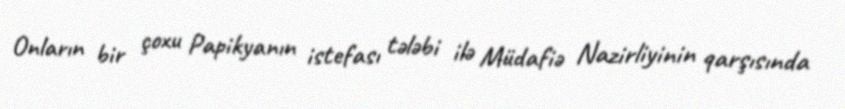
Onların bir çoxu Papikyanın istefası tələbi ilə Müdafiə Nazirliyinin qarşısında